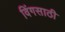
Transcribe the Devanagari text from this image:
विंगसाठी